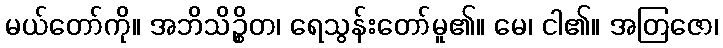
မယ်တော်ကို။ အဘိသိဉ္စိတ၊ ရေသွန်းတော်မူ၏။ မေ၊ ငါ၏။ အတြဇော၊